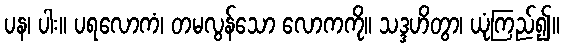
ပန၊ ပါး။ ပရလောကံ၊ တမလွန်သော လောကကို။ သဒ္ဒဟိတွာ၊ ယုံကြည်၍။